Vabadussoja_Ajaloo_Komitee, lk 109
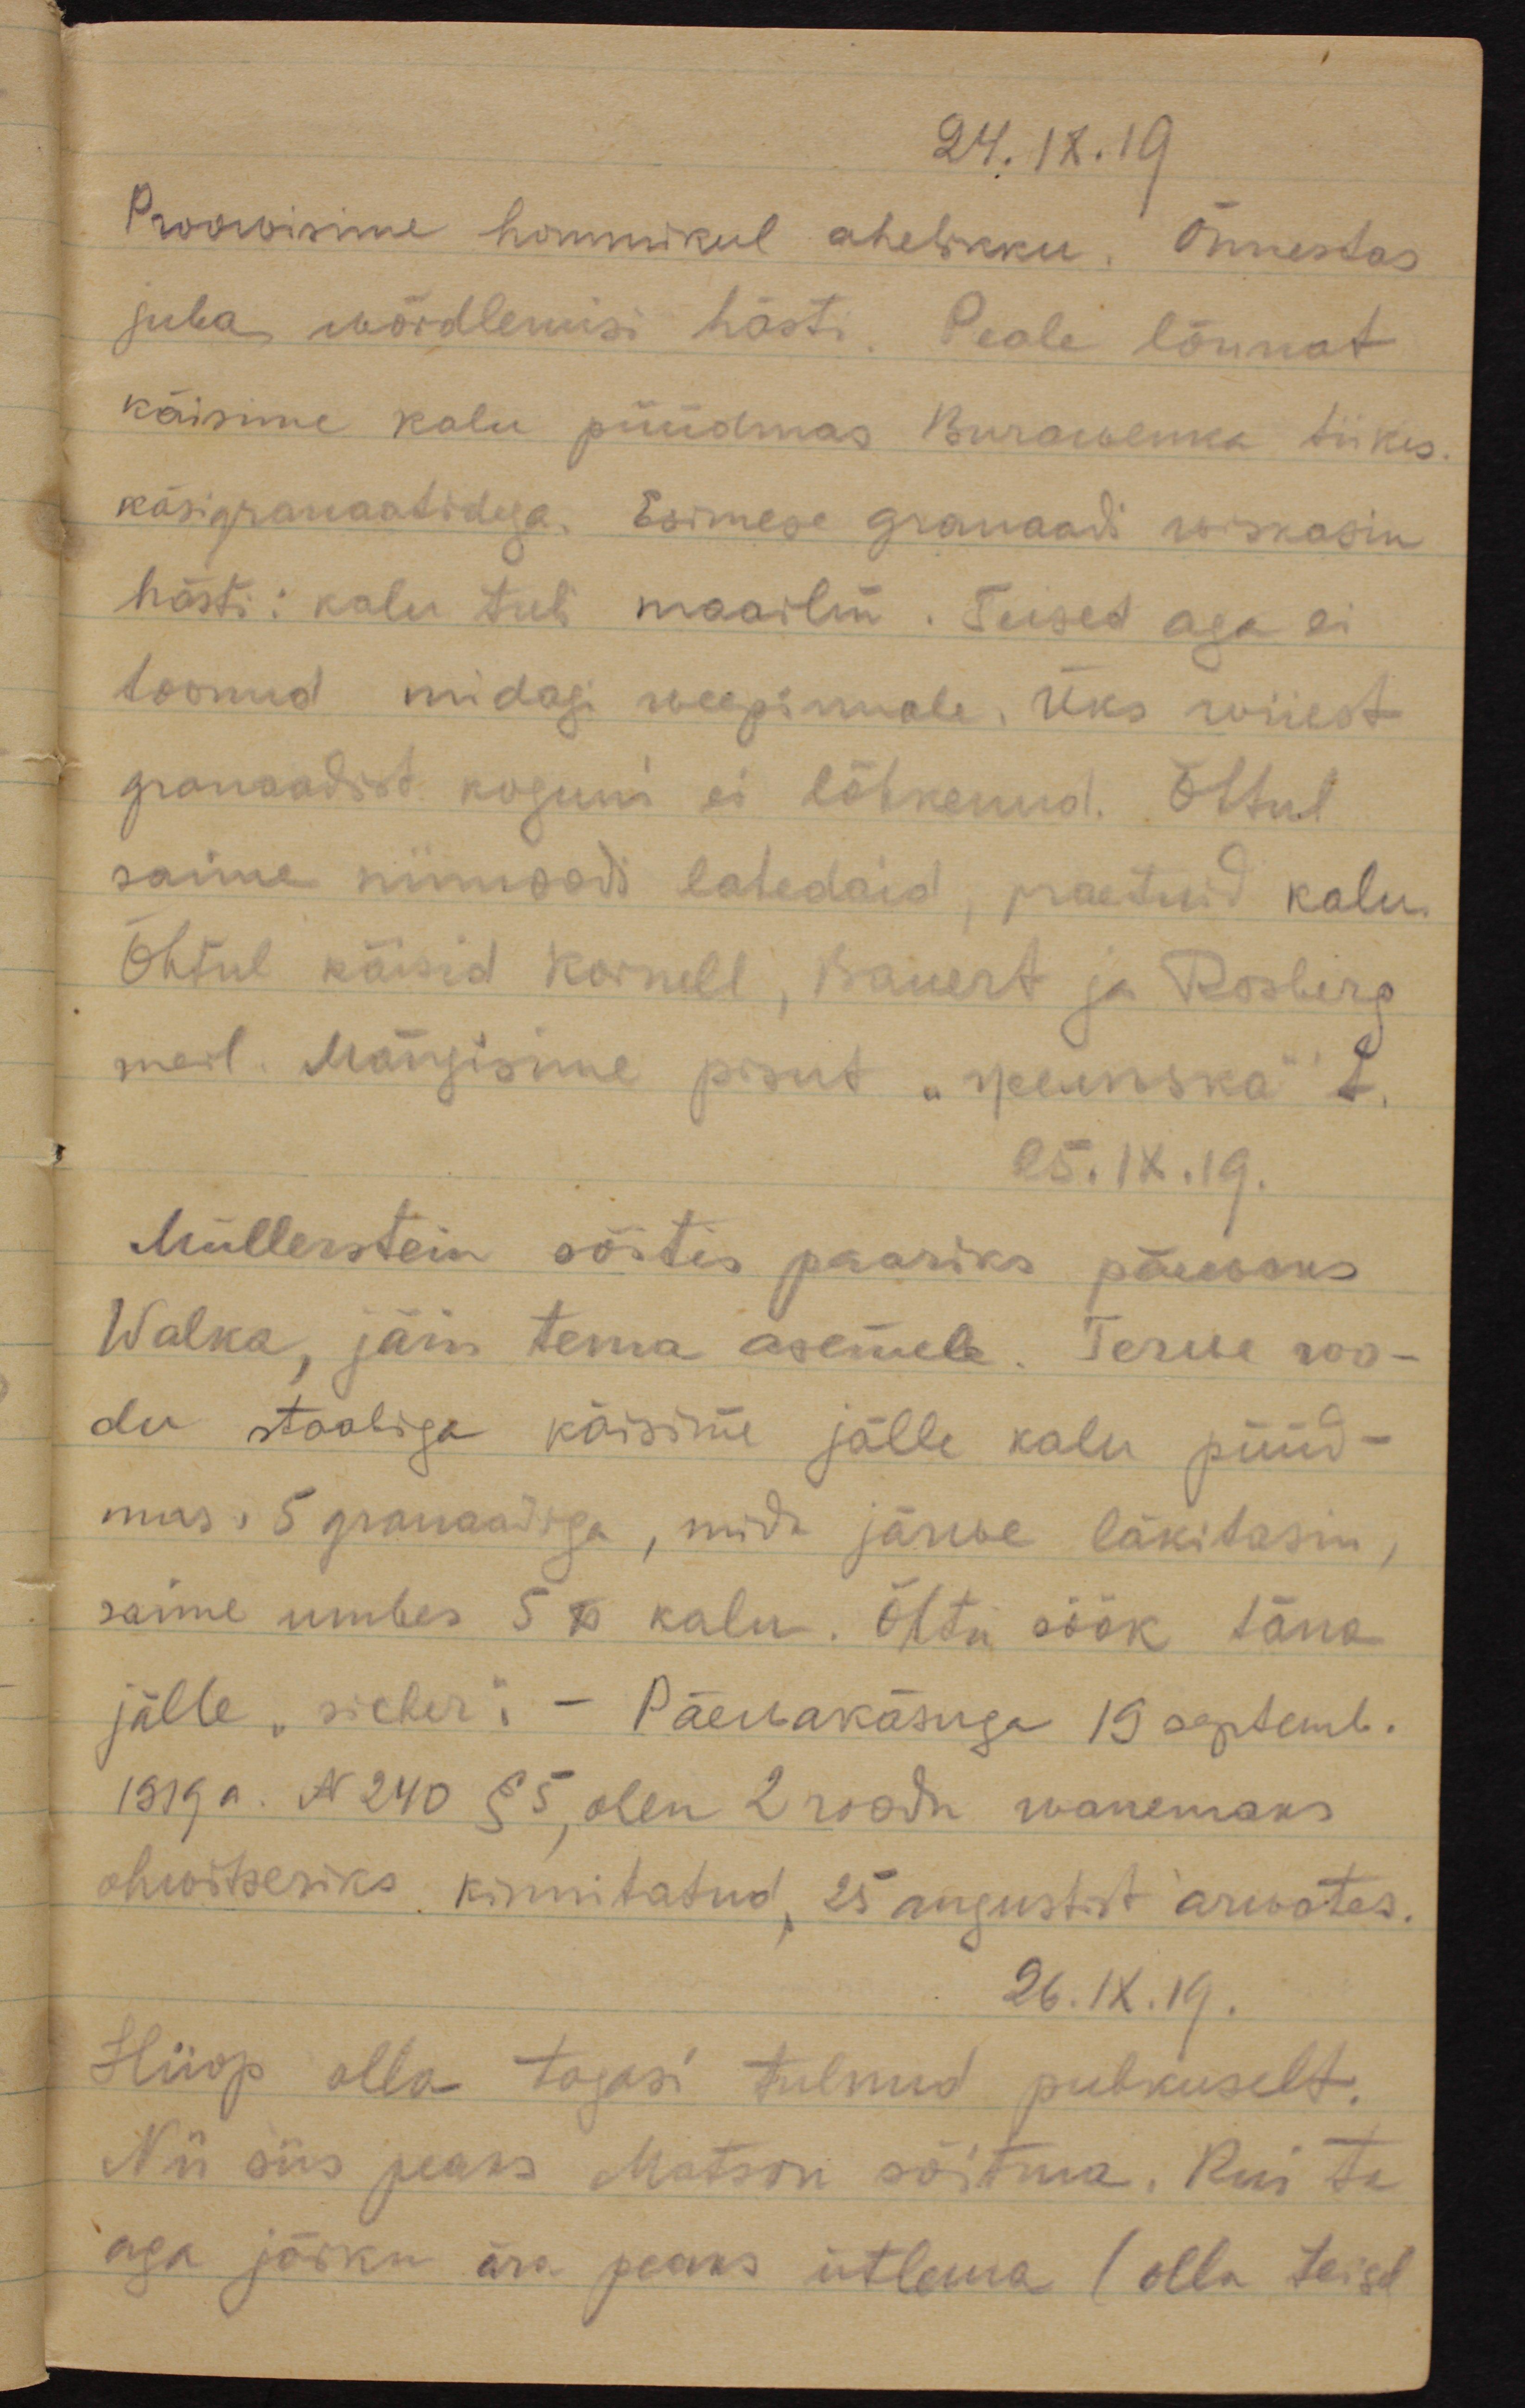
24. IX. 19
Proowisime hommikul ahelikku. Õnnestus
juba wõrdlemisi hästi. Peale lõunat
käisime kalu püüdmas tiikis
käsigranaatidega. Esimese granaadi wiskasin
hästi: kalu tuli maailm. Teised aga ei 
toonud midagi weepinnale. Üks wiiest 
granaadist koguni ei lõhkenud. Õhtul
saime niimoodi lahedaid, praetud kalu.
Õhtul käisid Kornell, Bauert ja Rooling
meil. Mängisime pisut "железка"'t.
25.IX.19
Müllerstein sõitis paariks päewaks
Walka, jäin tema asemele. Terwe roo-
du staabiga käisime jälle kalu püüd-
mas. 5 granaadiga, mida järwe läkitasin,
saime umbes 5 # kalu. Õhtu söök täna
jälle "sicker". Päewakäsuga 19. septemb.
1919 a. N 240 §5, olen 2 roodu wanemaks
ohwitseriks kinnitatud, 25 augustist arwates.
26.IX.19
Hiiop olla tagasi tulnud puhkuselt.
Nii siis peaks Matson sõitma. Kui ta
aga järsku ära peaks ütlema (olla teisel